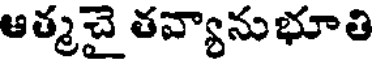
ఆత్మచై తవ్యానుభూతి